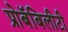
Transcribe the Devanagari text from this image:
प्रोबॅबिलीटी